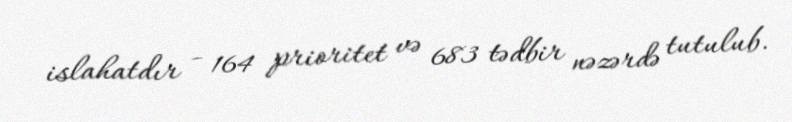
islahatdır - 164 prioritet və 683 tədbir nəzərdə tutulub.